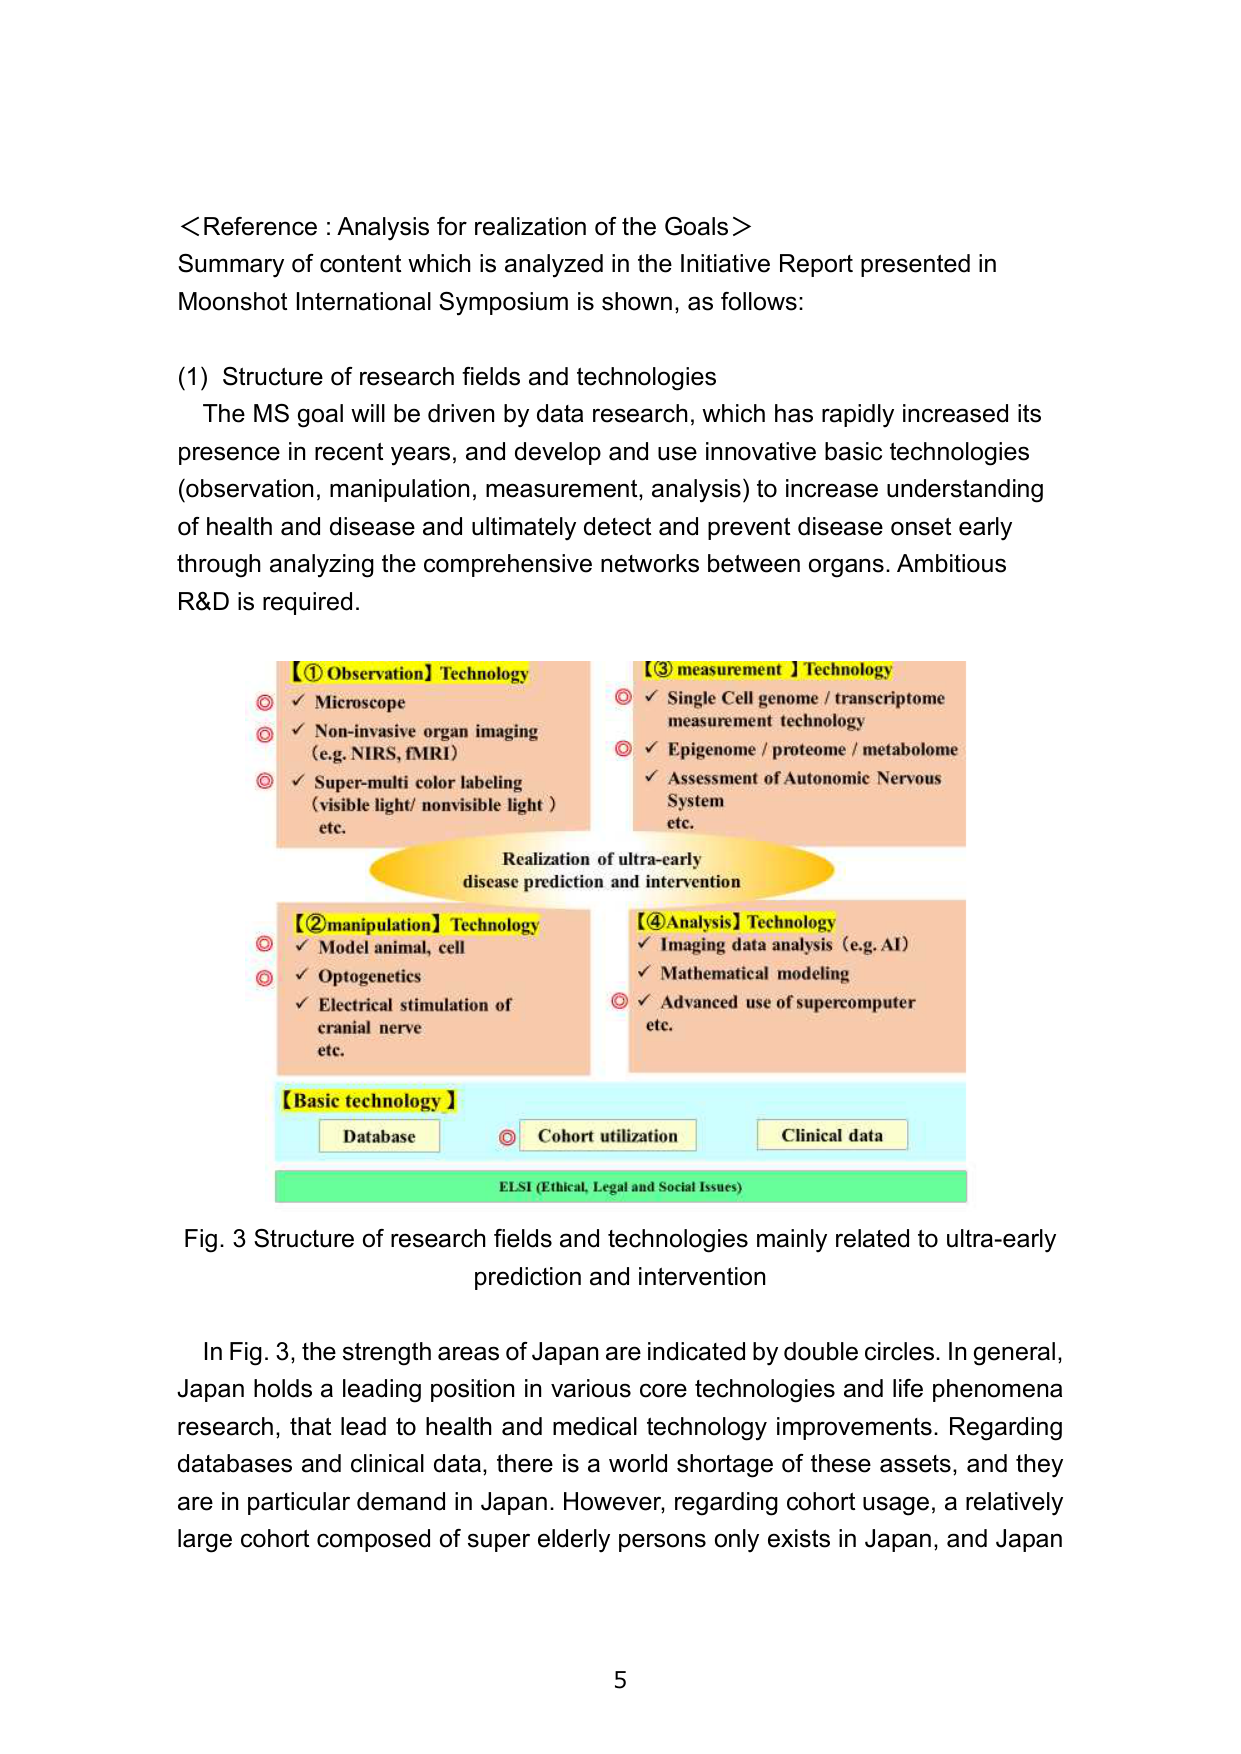
<Reference : Analysis for realization of the Goals>
Summary of content which is analyzed in the Initiative Report presented in
Moonshot International Symposium is shown, as follows:

(1) Structure of research fields and technologies
The MS goal will be driven by data research, which has rapidly increased its
presence in recent years, and develop and use innovative basic technologies
(observation, manipulation, measurement, analysis) to increase understanding
of health and disease and ultimately detect and prevent disease onset early
through analyzing the comprehensive networks between organs. Ambitious
R&D is required.

【① Observation】Technology
✓ Microscope
✓ Non-invasive organ imaging
(e.g. NIRS, fMRI)
✓ Super-multi color labeling
(visible light/ nonvisible light )
etc.

【③ measurement 】Technology
✓ Single Cell genome / transcriptome
measurement technology
✓ Epigenome / proteome / metabolome
✓ Assessment of Autonomic Nervous
System
etc.

Realization of ultra-early
disease prediction and intervention

【②manipulation】Technology
✓ Model animal, cell
✓ Optogenetics
✓ Electrical stimulation of
cranial nerve
etc.

【④Analysis】Technology
✓ Imaging data analysis (e.g. AI)
✓ Mathematical modeling
✓ Advanced use of supercomputer
etc.

【Basic technology】
Database
Cohort utilization
Clinical data

ELSI (Ethical, Legal and Social Issues)

Fig. 3 Structure of research fields and technologies mainly related to ultra-early
prediction and intervention

In Fig. 3, the strength areas of Japan are indicated by double circles. In general,
Japan holds a leading position in various core technologies and life phenomena
research, that lead to health and medical technology improvements. Regarding
databases and clinical data, there is a world shortage of these assets, and they
are in particular demand in Japan. However, regarding cohort usage, a relatively
large cohort composed of super elderly persons only exists in Japan, and Japan

5